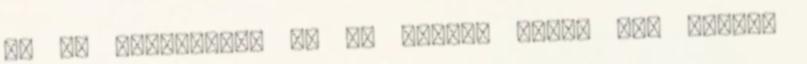
Le is táborozott az ég alján, észre sem vette,